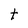
Character: t